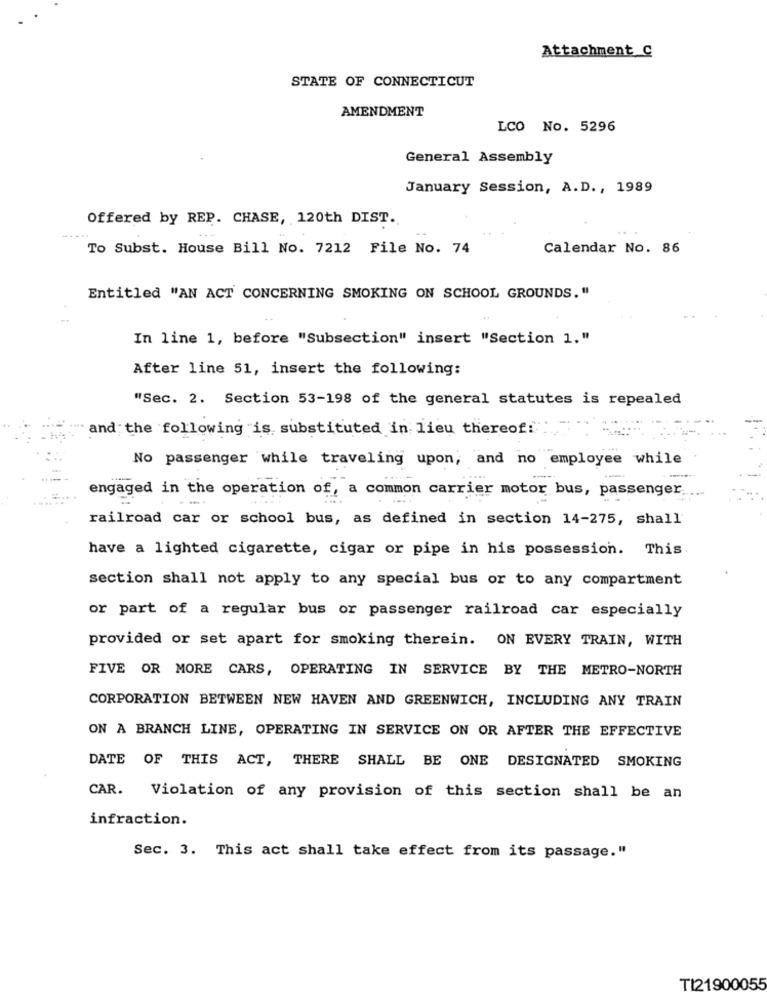
Attachment C
STATE OF CONNECTICUT
AMENDMENT
LCO No. 5296
General Assembly
January Session, A.D ., 1989
Offered by REP. CHASE, 120th DIST.
-....
To Subst. House Bill No. 7212 File No. 74
Calendar No. 86
Entitled "AN ACT CONCERNING SMOKING ON SCHOOL GROUNDS. "
In line 1, before "Subsection" insert "Section 1."
After line 51, insert the following:
"Sec. 2. Section 53-198 of the general statutes is repealed
and the following is substituted in lieu thereof!
No passenger while traveling upon, and no employee while
engaged in the operation of, a common carrier motor bus, passenger.
railroad car or school bus, as defined in section 14-275, shall
have a lighted cigarette, cigar or pipe in his possession. This
section shall not apply to any special bus or to any compartment
or part of a regular bus or passenger railroad car especially
provided or set apart for smoking therein. ON EVERY TRAIN, WITH
FIVE OR MORE CARS, OPERATING IN SERVICE BY THE METRO-NORTH
CORPORATION BETWEEN NEW HAVEN AND GREENWICH, INCLUDING ANY TRAIN
ON A BRANCH LINE, OPERATING IN SERVICE ON OR AFTER THE EFFECTIVE
DATE OF THIS ACT, THERE SHALL BE ONE DESIGNATED SMOKING
CAR. Violation of any provision of this section shall be an
infraction.
Sec. 3. This act shall take effect from its passage."
TI21900055